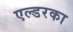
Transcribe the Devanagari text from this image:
एल्डरका